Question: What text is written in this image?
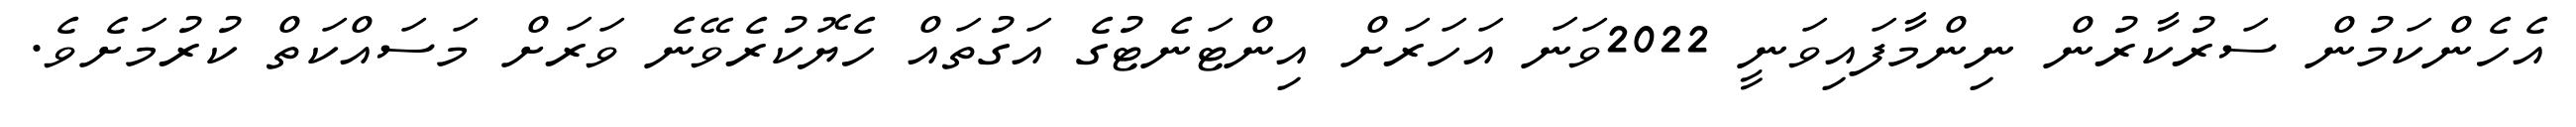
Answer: އެހެންކަމުން ސަރުކާރުން ނިންމާފައިވަނީ 2022ވަނަ އަހަރަށް އިންޓަނެޓުގެ އަގުތައް ހެޔޮކުރެވޭނެ ވަރަށް މަސައްކަތް ކުރުމަށެވެ.